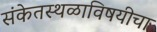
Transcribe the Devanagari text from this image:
संकेतस्थळाविषयीचा